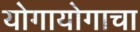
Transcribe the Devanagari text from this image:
योगायोगाचा